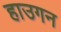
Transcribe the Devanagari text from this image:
हाउगन